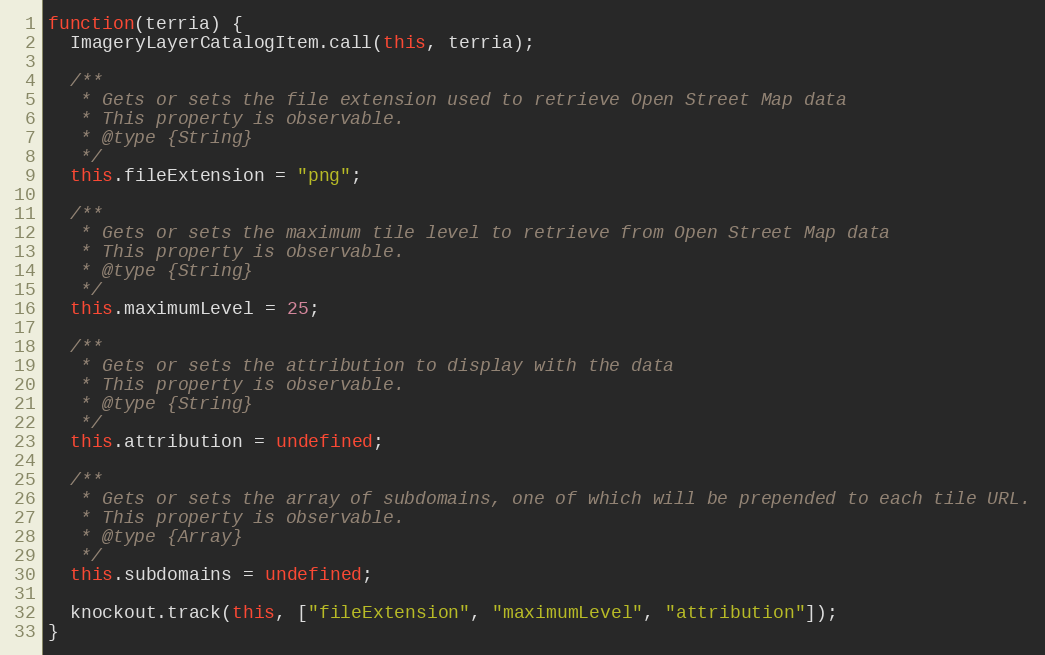
Language: JavaScript
function(terria) {
  ImageryLayerCatalogItem.call(this, terria);

  /**
   * Gets or sets the file extension used to retrieve Open Street Map data
   * This property is observable.
   * @type {String}
   */
  this.fileExtension = "png";

  /**
   * Gets or sets the maximum tile level to retrieve from Open Street Map data
   * This property is observable.
   * @type {String}
   */
  this.maximumLevel = 25;

  /**
   * Gets or sets the attribution to display with the data
   * This property is observable.
   * @type {String}
   */
  this.attribution = undefined;

  /**
   * Gets or sets the array of subdomains, one of which will be prepended to each tile URL.
   * This property is observable.
   * @type {Array}
   */
  this.subdomains = undefined;

  knockout.track(this, ["fileExtension", "maximumLevel", "attribution"]);
}